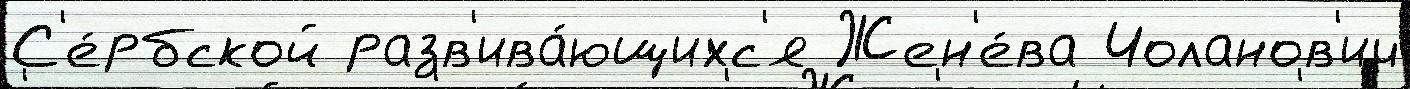
С'е́рбской разв'ива́ющихс'я Жен'е́ва Чоланов'ич